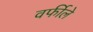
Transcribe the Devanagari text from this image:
वर्फीले